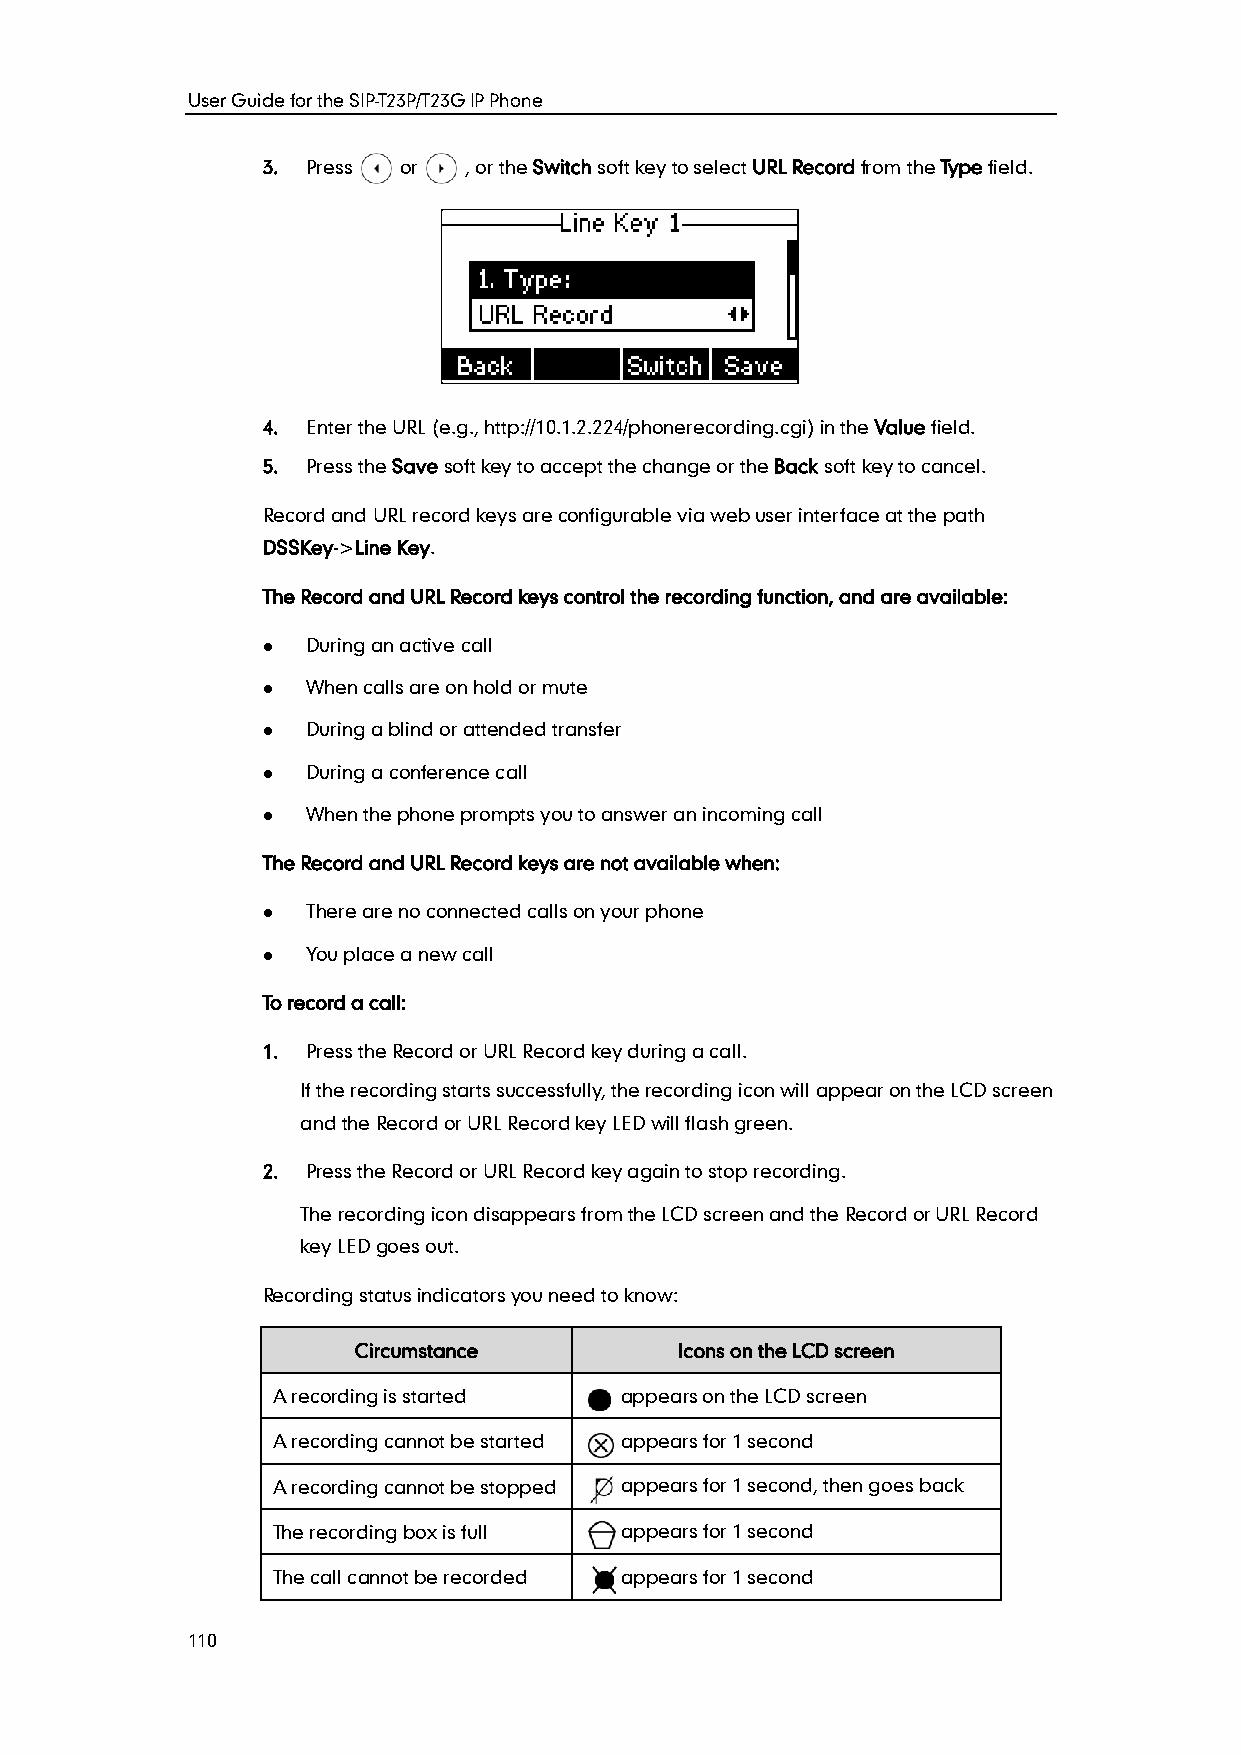
User Guide for the SIP-T23P/T23G IP Phone
 3. Press or   , or the Switch soft key to select URL Record from the Type field.
 4. Enter the URL (e.g., http://10.1.2.224/phonerecording.cgi) in the Value field.
 5. Press the Save soft key to accept the change or the Back soft key to cancel.
 Record and URL record keys are configurable via web user interface at the path
 DSSKey->Line Key.
 The Record and URL Record keys control the recording function, and are available:
   During an active call
   When calls are on hold or mute
   During a blind or attended transfer
   During a conference call
   When the phone prompts you to answer an incoming call
 The Record and URL Record keys are not available when:
   There are no connected calls on your phone
   You place a new call
 To record a call:
 1. Press the Record or URL Record key during a call.
 If the recording starts successfully, the recording icon will appear on the LCD screen
 and the Record or URL Record key LED will flash green.
 2. Press the Record or URL Record key again to stop recording.
 The recording icon disappears from the LCD screen and the Record or URL Record
 key LED goes out.
 Recording status indicators you need to know:
 Circumstance          Icons on the LCD screen
 A recording is started appears on the LCD screen
 A recording cannot be started appears for 1 second
 A recording cannot be stopped appears for 1 second, then goes back
 The recording box is full appears for 1 second
 The call cannot be recorded appears for 1 second
 110